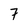
Character: 7